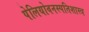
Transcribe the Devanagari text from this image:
पेलियोवनस्पतिशास्त्र